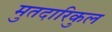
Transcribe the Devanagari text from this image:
मुतदारिकुल